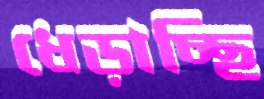
ধেড়াচ্ছি